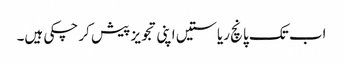
اب تک پانچ ریاستیں اپنی تجویز پیش کر چکی ہیں۔